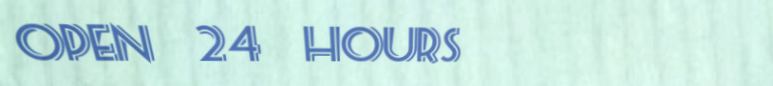
open 24 hours